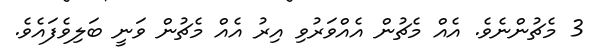
3 މެޗުންނެވެ. އެއް މެޗުން އެއްވަރުވި އިރު އެއް މެޗުން ވަނީ ބަލިވެފައެވެ.